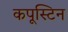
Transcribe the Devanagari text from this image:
कपूस्टिन